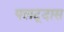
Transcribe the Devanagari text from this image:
पलटूदास